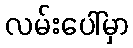
လမ်းပေါ်မှာ